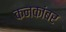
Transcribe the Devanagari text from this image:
कनकांबर